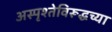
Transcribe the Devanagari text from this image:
अस्पृश्तेविरूद्धच्या